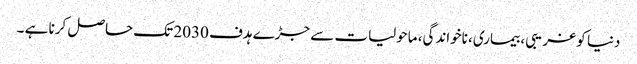
دنیا کو غریبی، بیماری، ناخواندگی، ماحولیات سے جڑے ہدف 2030 تک حاصل کرنا ہے ۔